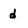
Character: d